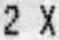
2 X